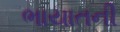
ભાયાતની